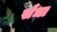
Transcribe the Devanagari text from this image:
सँधा